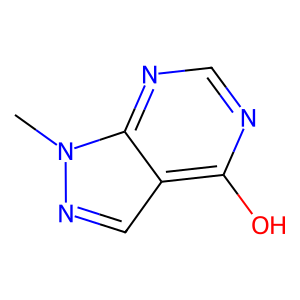
SMILES: Cn1ncc2c(O)ncnc21
Inhibits HIV replication: No